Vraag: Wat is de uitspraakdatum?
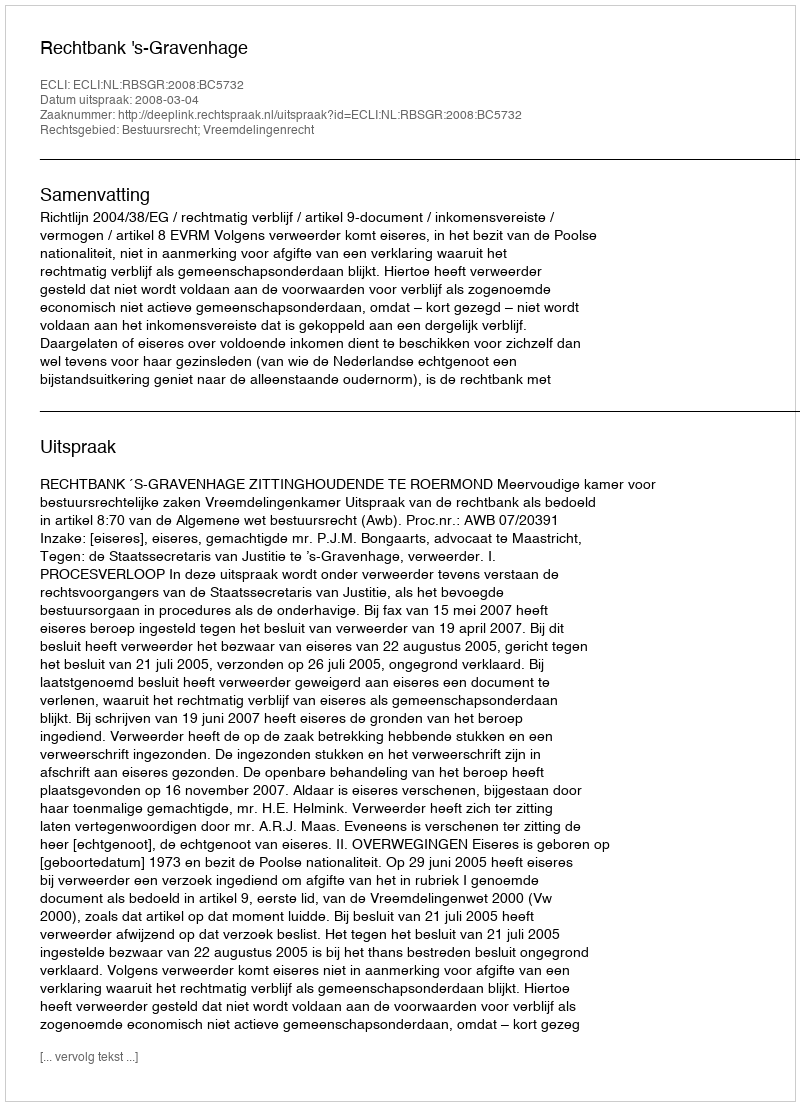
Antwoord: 2008-03-04